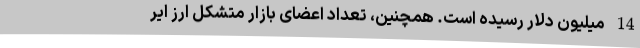
14 میلیون دلار رسیده است. همچنین، تعداد اعضای بازار متشکل ارز ایر